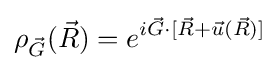
\rho _{\vec {G}}({\vec {R}})=e^{i{\vec {G}}\cdot [{\vec {R}}+{\vec {u}}({\vec {R}})]}